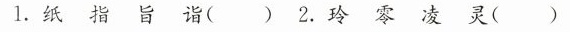
1.纸指旨诣()2.玲零凌灵()